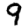
Digit: 9